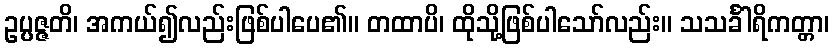
ဥပ္ပဇ္ဇတိ၊ အကယ်၍လည်းဖြစ်ပါပေ၏။ တထာပိ၊ ထိုသို့ဖြစ်ပါသော်လည်း။ သသင်္ခါရိကတ္တာ၊